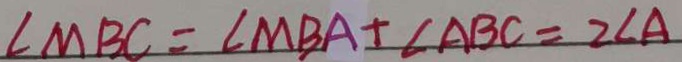
\angle M B C = \angle M B A + \angle A B C = 2 \angle A